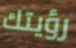
رؤيتك